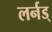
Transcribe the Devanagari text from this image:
लर्नड्